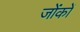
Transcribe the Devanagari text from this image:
जोंकों